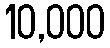
10,000